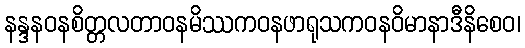
နန္ဒနဝနစိတ္တလတာဝနမိဿကဝနဖာရုသကဝနဝိမာနာဒီနိစေဝ၊